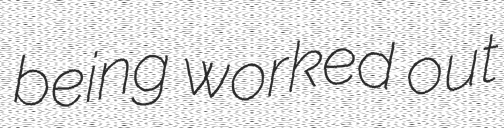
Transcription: being worked out